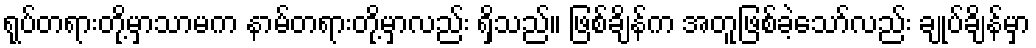
ရုပ်တရားတို့မှာသာမက နာမ်တရားတို့မှာလည်း ရှိသည်။ ဖြစ်ချိန်က အတူဖြစ်ခဲ့သော်လည်း ချုပ်ချိန်မှာ